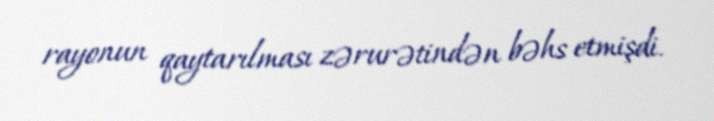
rayonun qaytarılması zərurətindən bəhs etmişdi.